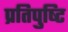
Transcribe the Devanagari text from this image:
प्रतिपुष्‍टि